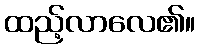
ထည့်လာလေ၏။